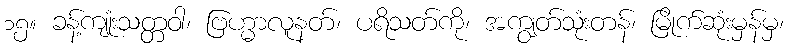
၁၅။ ခန့်ကျုံးသတ္တဝါ၊ ဗြဟ္မာလူနတ်၊ ပရိသတ်ကို၊ အကျွတ်သုံးတန်၊ မြိုက်ဆုံးမှန်မှ၊